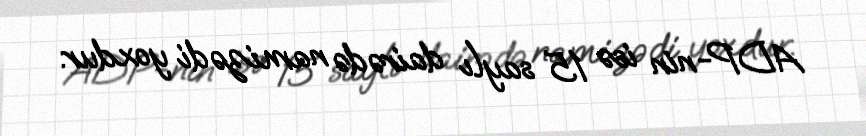
ADP-nin isə 15 saylı dairədə namizədi yoxdur.